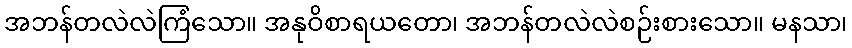
အဘန်တလဲလဲကြံသော။ အနုဝိစာရယတော၊ အဘန်တလဲလဲစဉ်းစားသော။ မနသာ၊